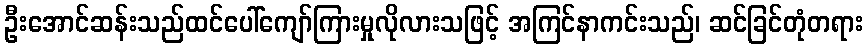
ဦးအောင်ဆန်းသည်ထင်ပေါ်ကျော်ကြားမှုလိုလားသဖြင့် အကြင်နာကင်းသည်၊ ဆင်ခြင်တုံတရား